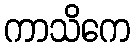
ကာသိကေ